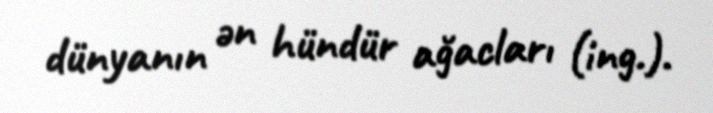
dünyanın ən hündür ağacları (ing.).